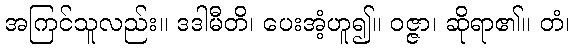
အကြင်သူလည်း။ ဒဒါမီတိ၊ ပေးအံ့ဟူ၍။ ဝဇ္ဇာ၊ ဆိုရာ၏။ တံ၊